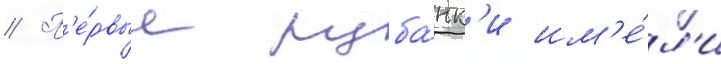
// П'е́рвые руба́нк'и им'е́л'и